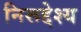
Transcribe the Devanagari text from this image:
निरूद्देश्य